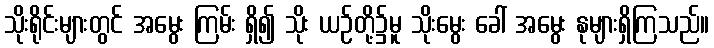
သိုးရိုင်းများတွင် အမွေး ကြမ်း ရှိ၍ သိုး ယဉ်တို့၌မူ သိုးမွေး ခေါ် အမွေး နုများရှိကြသည်။